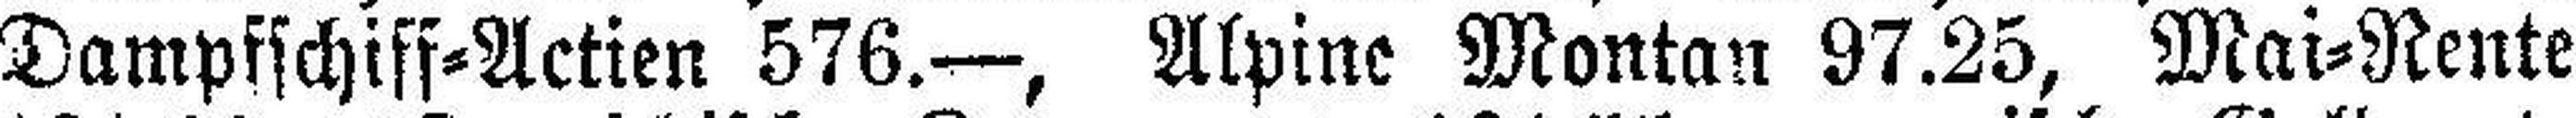
Dampfschiff=Actien 576.—, Alpine Montan 97.25, Mai=Rente